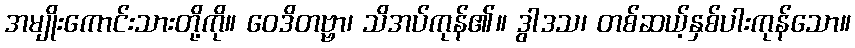
အမျိုးကောင်းသားတို့ကို။ ဝေဒိတဗ္ဗာ၊ သိအပ်ကုန်၏။ ဒွါဒသ၊ တစ်ဆယ့်နှစ်ပါးကုန်သော။